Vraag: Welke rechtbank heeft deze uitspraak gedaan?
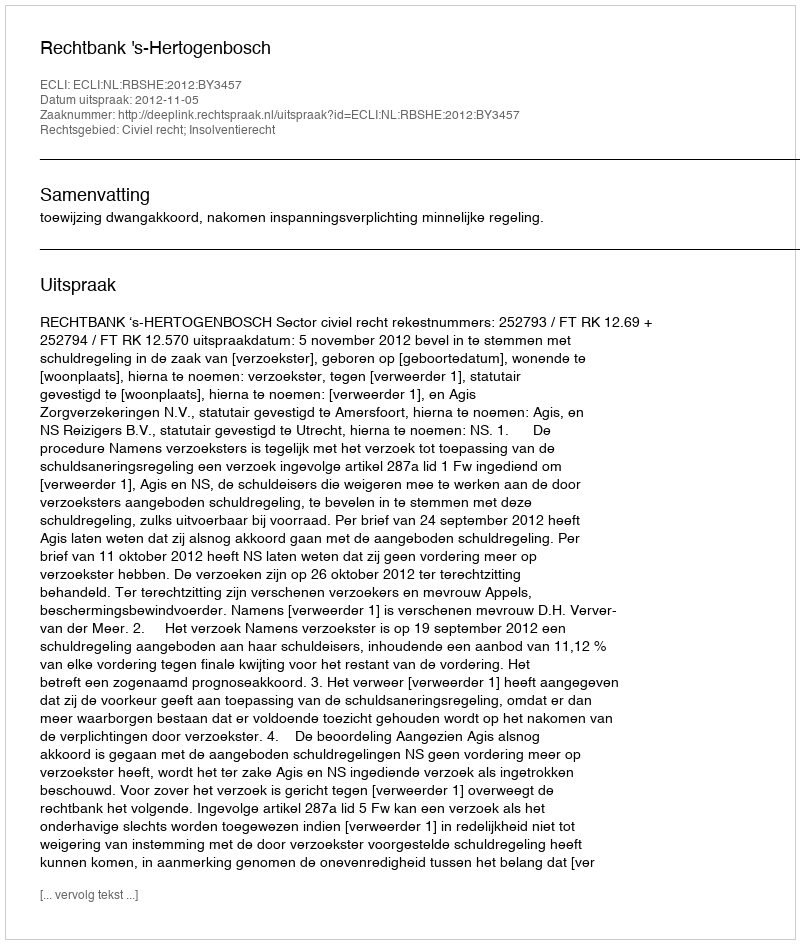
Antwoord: Rechtbank 's-Hertogenbosch